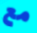
مع